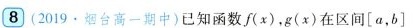
8 (2019·烟台高一期中)已知函数f(x)，g(x)在区间[a，b]